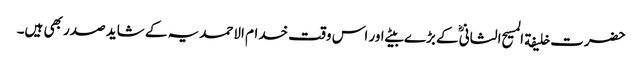
حضرت خلیفة المسیح الثانیؓ کے بڑے بیٹے اور اس وقت خدام الاحمدیہ کے شاید صدر بھی ہیں۔